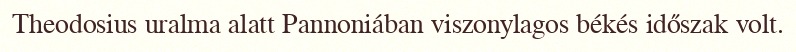
Theodosius uralma alatt Pannoniában viszonylagos békés időszak volt.